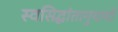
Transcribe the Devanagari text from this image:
स्वसिद्धांतानुयायी